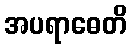
အပရာဓေတိ